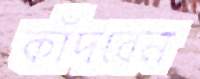
কাঁদবেন